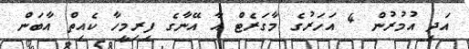
އަދި އުމުރުން 4 އަހަރުގެ މާގަރެޓް އާ އޭނާގެ ފިރިމީހާ ކެއިތް އާބަން